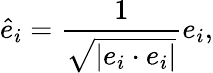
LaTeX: {\hat{e}}_{i}={\frac{1}{\sqrt{|e_{i}\cdot e_{i}|}}}e_{i},